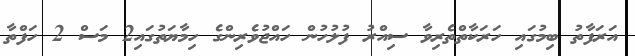
އަރަފާތު ބިމުގައި ހަރަކާތްތެރިވާ ސިއްރު ފުލުހުން ހައްޖުވެރިންގެ ހިމާޔަތުގައި2 މަސް 2 ހަފްތާ